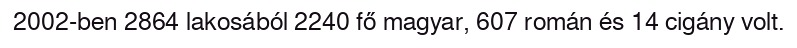
2002-ben 2864 lakosából 2240 fő magyar, 607 román és 14 cigány volt.